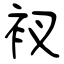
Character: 衩